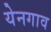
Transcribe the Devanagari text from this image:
येनगाव